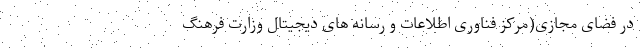
در فضای مجازی(مرکز فناوری اطلاعات و رسانه های دیجیتال وزارت فرهنگ